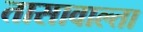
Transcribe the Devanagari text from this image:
तासावाल्ता